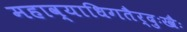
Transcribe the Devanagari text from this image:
महाव्याधिगतैर्दुःखैः